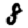
Digit: 8